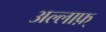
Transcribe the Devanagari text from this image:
अल्लाफ़्‌